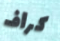
كراف